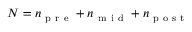
N = n _ { \mathrm { ~ p ~ r ~ e ~ } } + n _ { \mathrm { ~ m ~ i ~ d ~ } } + n _ { \mathrm { ~ p ~ o ~ s ~ t ~ } }